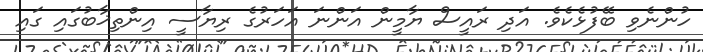
ހުންނެވި ބޭފުޅެކެވެ. އަދި ރައީސް ޔާމީން އަންނަ އަހަރުގެ ރިޔާސީ އިންތިޚާބުގައި ގައި